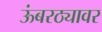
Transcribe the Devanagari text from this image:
ऊंबरठ्यावर